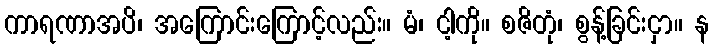
ကာရဏာအပိ၊ အကြောင်းကြောင့်လည်း။ မံ၊ ငါ့ကို။ စဇိတုံ၊ စွန့်ခြင်းငှာ။ န